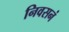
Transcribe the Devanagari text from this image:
निवसनं